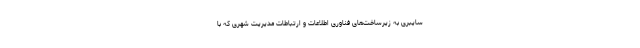
سایبری به زیرساخت‌های فناوری اطلاعات و ارتباطات مدیریت شهری که با